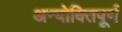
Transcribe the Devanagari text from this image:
अन्योक्तिपूर्ण